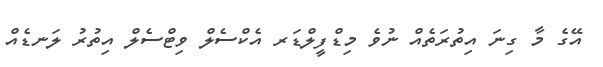
އޭގެ މާ ގިނަ އިތުރަތެއް ނުވެ މިޑްފީލްޑަރ އެކްސެލް ވިޓްސެލް އިތުރު ލަނޑެއް